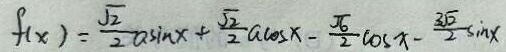
f ( x ) = \frac { \sqrt { 2 } } { 2 } a \sin x + \frac { \sqrt { 2 } } { 2 } a \cos x - \frac { \sqrt { 6 } } { 2 } a \cos x - \frac { 3 \sqrt { 2 } } { 2 } a \sin x